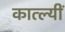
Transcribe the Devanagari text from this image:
कात्ल्यीं